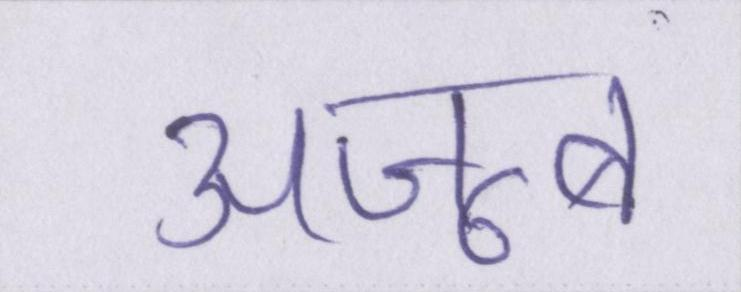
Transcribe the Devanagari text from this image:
अजूबा